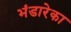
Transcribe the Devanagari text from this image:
भंडारेका